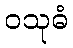
ဝသုဓံ